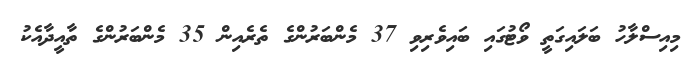
މިއިސްލާހު ބަލައިގަތީ ވޯޓުގައި ބައިވެރިވި 37 މެންބަރުންގެ ތެރެއިން 35 މެންބަރުންގެ ތާއީދާއެކު